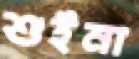
শুইনা